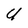
Character: U